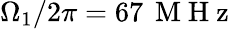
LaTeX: \Omega_{1}/2\pi=67\, \mathrm{~M~H~z~}